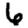
Digit: 6